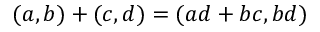
( a , b ) + ( c , d ) = ( a d + b c , b d )